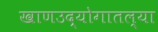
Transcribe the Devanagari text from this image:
खाणउद्योगातल्या